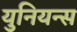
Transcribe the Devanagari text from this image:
युनियन्स